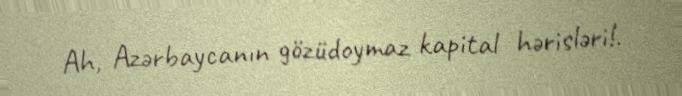
Ah, Azərbaycanın gözüdoymaz kapital hərisləri!.